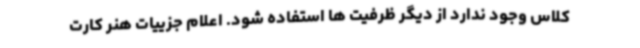
کلاس وجود ندارد از دیگر ظرفیت ها استفاده شود. اعلام جزییات هنر کارت